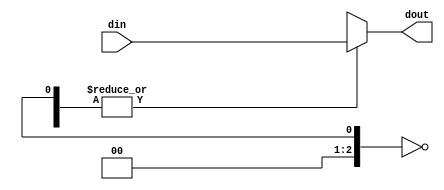
module random_delay #(
	parameter D_INCREMENT = 100,
	parameter WIDTH = 8
)(
	input [WIDTH-1:0] din,
	output reg [WIDTH-1:0] dout
);
	
reg [2:0] delay_sel;
initial delay_sel = $random;

always @(*) begin
	case (delay_sel) 
		3'h0 : dout = din;
		3'h1 : dout = #D_INCREMENT din;
		3'h2 : dout = #(D_INCREMENT*2) din;
		3'h3 : dout = #(D_INCREMENT*3) din;
		3'h4 : dout = #(D_INCREMENT*4) din;
		3'h5 : dout = #(D_INCREMENT*5) din;
		3'h6 : dout = #(D_INCREMENT*6) din;
		3'h7 : dout = #(D_INCREMENT*7) din;		
	endcase
end
endmodule